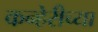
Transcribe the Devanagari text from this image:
कन्हेरीच्या